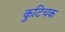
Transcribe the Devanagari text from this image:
कुटिचक